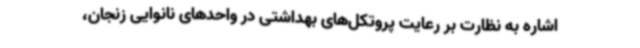
اشاره به نظارت بر رعایت پروتکل‌های بهداشتی در واحدهای نانوایی زنجان،